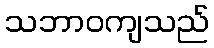
သဘာဝကျသည်